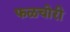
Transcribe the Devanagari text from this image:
फळचोरी